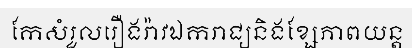
កែសំរួលរឿងរ៉ាវឯករាជ្យនិងខ្សែភាពយន្ត